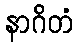
နာဂိတံ